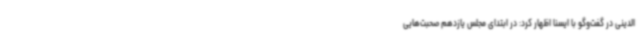
الدینی در گفت‌وگو با ایسنا اظهار کرد: در ابتدای مجلس یازدهم صحبت‌هایی